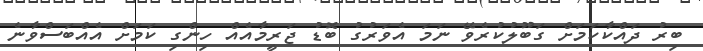
ބިރު ދައްކާކަމަށް ގަބޫލުކުރެވޭ ނަމަ އެވަރުގު ބޮޑު ޖަރީމާއެއް ހިންގި ކަމަށް އެއްބަސްވާނެ